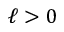
\ell > 0